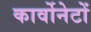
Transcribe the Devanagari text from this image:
कार्वोनेटों